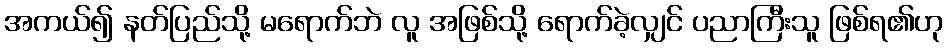
အကယ်၍ နတ်ပြည်သို့ မရောက်ဘဲ လူ အဖြစ်သို့ ရောက်ခဲ့လျှင် ပညာကြီးသူ ဖြစ်ရ၏ဟု